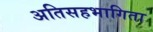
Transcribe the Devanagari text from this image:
अतिसहभागिता